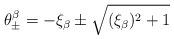
LaTeX: \begin{align*}\theta^\beta_\pm = - \xi_\beta \pm \sqrt{ (\xi_\beta)^2 + 1 }\end{align*}